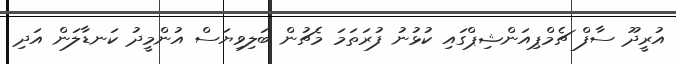
އުރީދޫ ސާފް ޗެމްޕިއަންޝިޕްގައި ކުޅުނު ފުރަތަމަ މެޗުން ބަލިވިޔަސް އުންމީދު ކަނޑާލަން އަދި